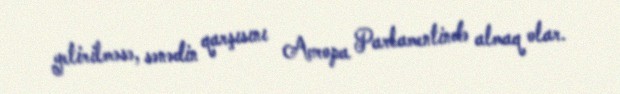
yetirilməsə, sənədin qarşısını Avropa Parlamentində almaq olar.